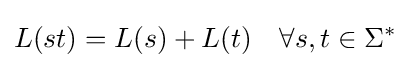
L(st)=L(s)+L(t)\quad \forall s,t\in \Sigma ^{*}